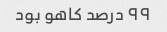
۹۹ درصد کاهو بود